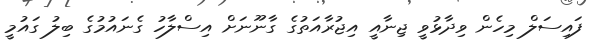
ފައިސަލް މިހެން ވިދާޅުވީ ޖިނާއީ އިޖުރާއަތުގެ ގާނޫނަށް އިސްލާހު ގެނައުމުގެ ބިލު ގައުމީ